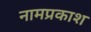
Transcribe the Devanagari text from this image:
नामप्रकाश